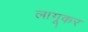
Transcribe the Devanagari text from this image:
लागूकर